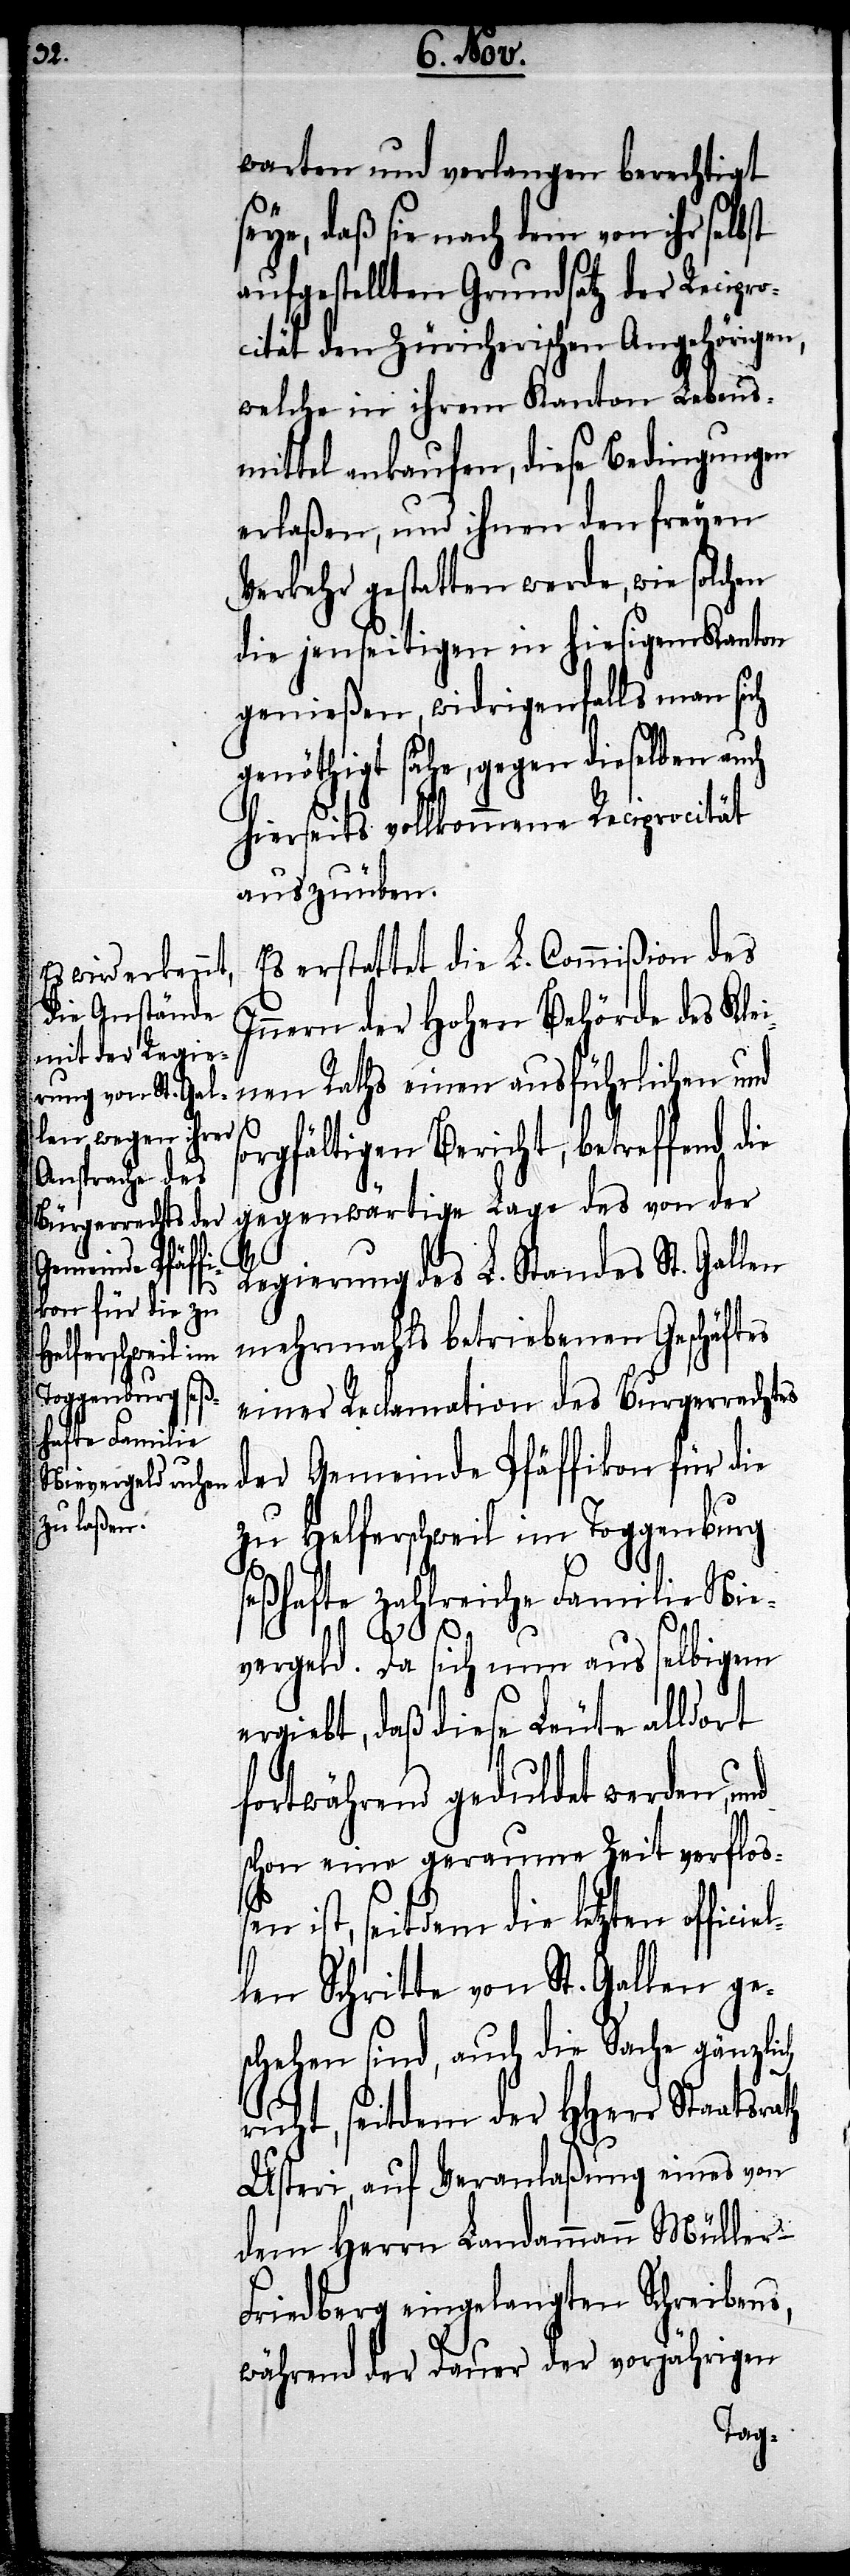
warten und verlangen berechtigt
eye, daß sie nach dem von ihr sel¬
aufgestellten Grundsatz der Recipro¬
cität den Züricherischen Angehörigen,
welche in ihrem Kanton Lebens¬
mittel ankaufen, diese Bedingungen
erlaßen und ihnen den freyen
Verkehr gestatten werde, wie solchen
die jenseitigen in hiesigem Kanton
genießen, widrigenfalls man sich
genöthigt sehe, gegen dieselben auch
hierseits vollkommene Reciprocität
auszuüben.
Es erstattet die L. Commißion des
Innern der Hohen Behörde des Klei¬
nen Raths einen ausführlichen und
s¬
orgfältigen Bericht, betreffend die
gegenwärtige Lage des von der
r-F¬
Regierung des L. Standes St. Gallen
mehrmahls betriebenen Geschäftes
einer Reclamation des Burgerrechts
der Gemeinde Pfäffikon für die
zu Helferschweil im Toggenburg
seßhafte zahlreiche Familie Nie¬
vergeld. Da sich nun aus selbigem
ergiebt, daß diese Leute alldort
fortwährend geduldet werden, und
schon eine geraume Zeit verfloß¬
en ist, seit dem die letzten off¬
len Schritte von St. Gallen ge¬
schehen sind, auch die Sache gänzlich
ruht, seitdem der HHerr Staatsrath
Usteri, auf Veranlaßung eines von
dem Herrn Landammann Mülle¬
riedberg eingelangten Schreibens,
während der Dauer der vorjährigen